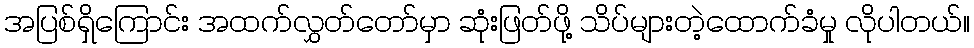
အပြစ်ရှိကြောင်း အထက်လွှတ်တော်မှာ ဆုံးဖြတ်ဖို့ သိပ်များတဲ့ထောက်ခံမှု လိုပါတယ်။